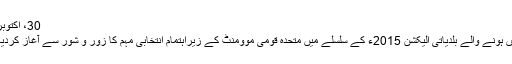
30، اکتوبر2015ء
کراچی میں ہونے والے بلدیاتی الیکشن 2015ء کے سلسلے میں متحدہ قومی موومنٹ کے زیراہتمام انتخابی مہم کا زور و شور سے آغاز کردیا گیا ہے ۔